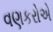
વણકરોએ